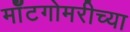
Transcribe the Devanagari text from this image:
मॉँटगोमरीच्या